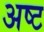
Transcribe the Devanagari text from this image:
अष्‍ट